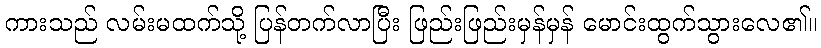
ကားသည် လမ်းမထက်သို့ ပြန်တက်လာပြီး ဖြည်းဖြည်းမှန်မှန် မောင်းထွက်သွားလေ၏။